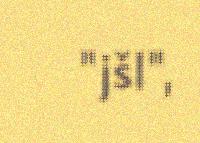
"jšl",